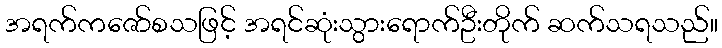
အရက်ကဇော်စသဖြင့် အရင်ဆုံးသွားရောက်ဦးတိုက် ဆက်သရသည်။